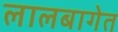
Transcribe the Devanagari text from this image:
लालबागेत